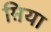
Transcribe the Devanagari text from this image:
म़िया